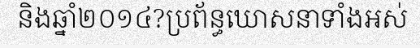
និងឆ្នាំ២០១៤?ប្រព័ន្ធឃោសនាទាំងអស់